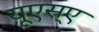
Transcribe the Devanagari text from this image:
यूएस्‌ए